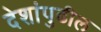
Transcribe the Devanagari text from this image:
देशांपुढील